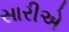
સારીએ